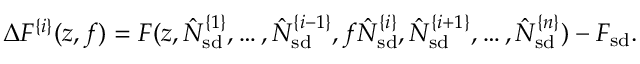
\Delta F ^ { \{ i \} } ( z , f ) = F ( z , \hat { N } _ { \mathrm { s d } } ^ { \{ 1 \} } , \ldots , \hat { N } _ { \mathrm { s d } } ^ { \{ i - 1 \} } , f \hat { N } _ { \mathrm { s d } } ^ { \{ i \} } , \hat { N } _ { \mathrm { s d } } ^ { \{ i + 1 \} } , \ldots , \hat { N } _ { \mathrm { s d } } ^ { \{ n \} } ) - F _ { \mathrm { s d } } .